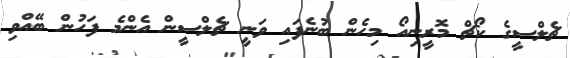
ޗެލްސީގެ ކޯޗް މޮރީނިއޯ މިހެން ބުނެފައި ވަނީ ޗެލްސީން އެންމެ ފަހުން ބޭއްވި